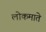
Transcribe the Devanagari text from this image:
लोकमाते